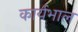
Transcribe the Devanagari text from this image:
कार्यभाल